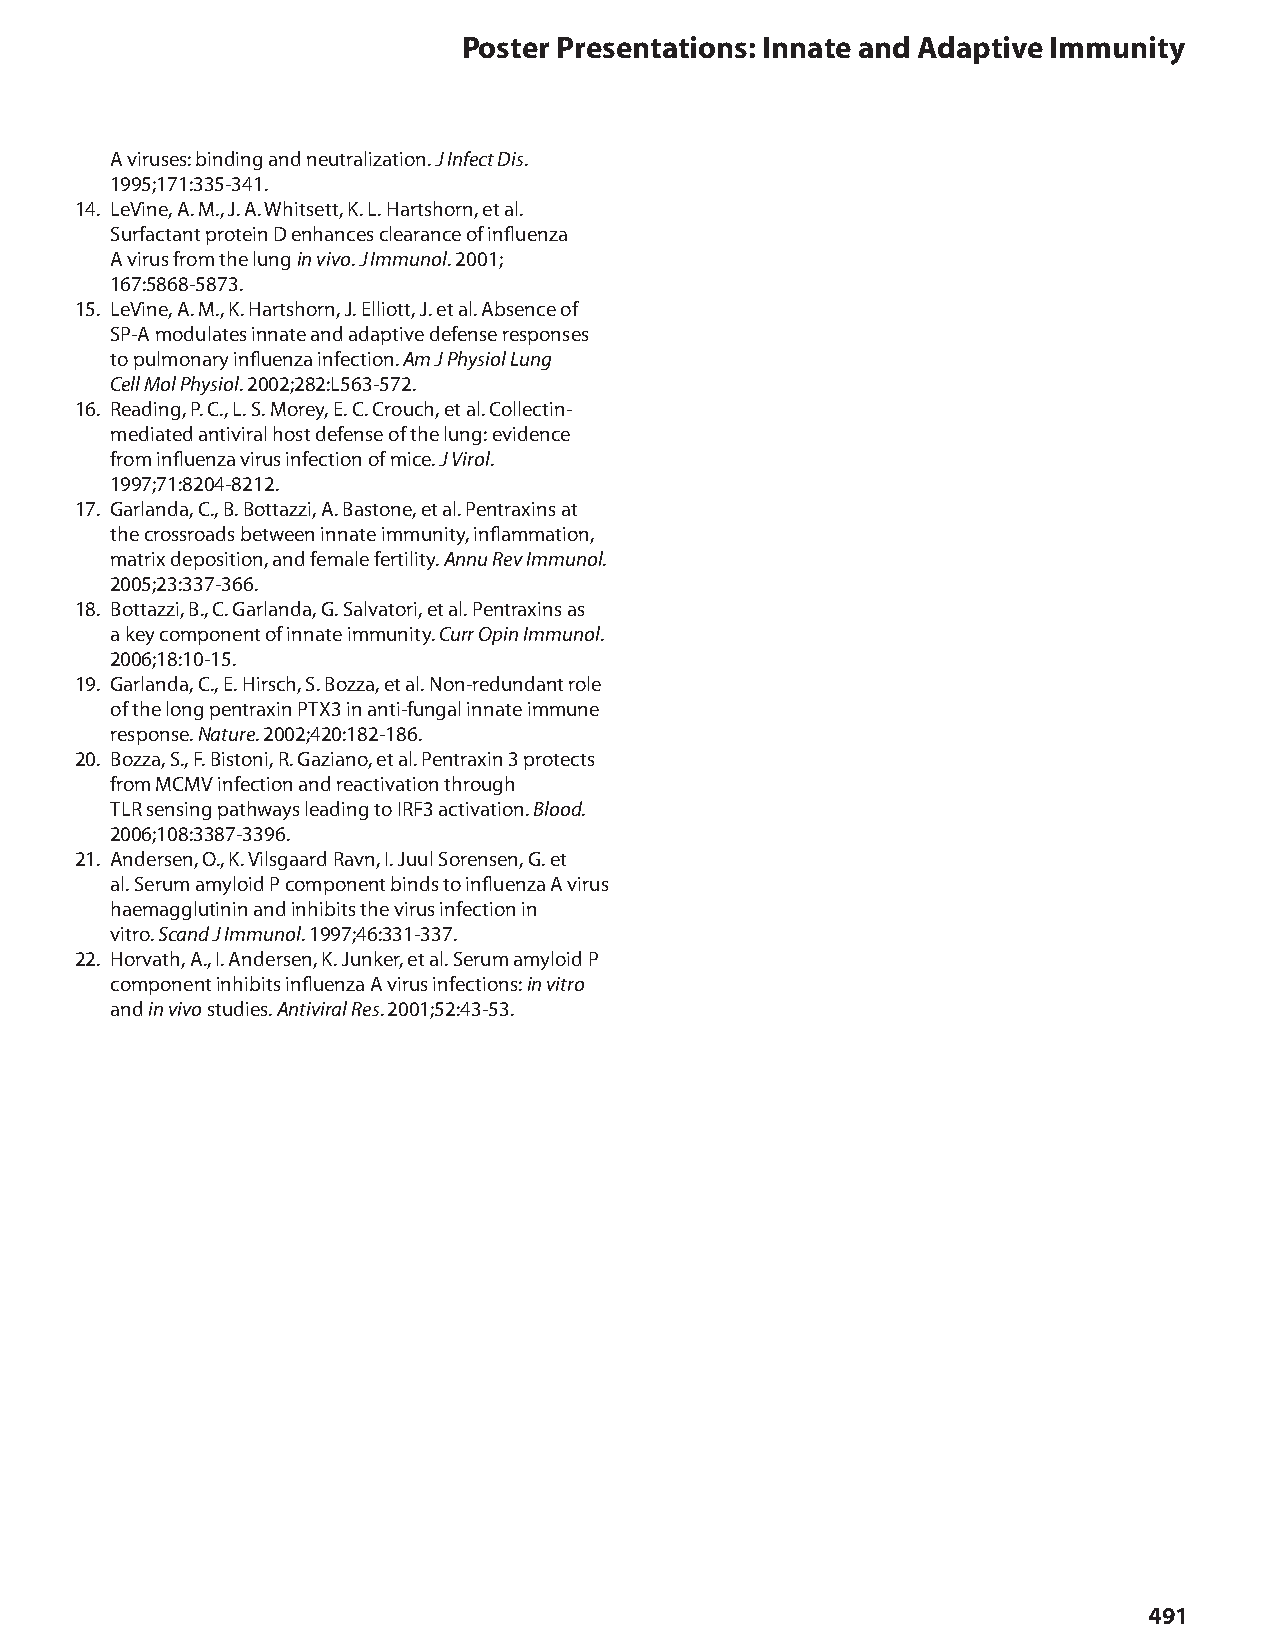
Poster Presentations: Innate and Adaptive Immunity
 A viruses: binding and neutralization. J Infect Dis.
 1995;171:335-341.
 14. LeVine, A. M., J. A. Whitsett, K. L. Hartshorn, et al.
 Surfactant protein D enhances clearance of influenza
 A virus from the lung in vivo. J Immunol. 2001;
 167:5868-5873.
 15. LeVine, A. M., K. Hartshorn, J. Elliott, J. et al. Absence of
 SP-A modulates innate and adaptive defense responses
 to pulmonary influenza infection. Am J Physiol Lung
 Cell Mol Physiol. 2002;282:L563-572.
 16. Reading, P. C., L. S. Morey, E. C. Crouch, et al. Collectin-
 mediated antiviral host defense of the lung: evidence
 from influenza virus infection of mice. J Virol.
 1997;71:8204-8212.
 17. Garlanda, C., B. Bottazzi, A. Bastone, et al. Pentraxins at
 the crossroads between innate immunity, inflammation,
 matrix deposition, and female fertility. Annu Rev Immunol.
 2005;23:337-366.
 18. Bottazzi, B., C. Garlanda, G. Salvatori, et al. Pentraxins as
 a key component of innate immunity. Curr Opin Immunol.
 2006;18:10-15.
 19. Garlanda, C., E. Hirsch, S. Bozza, et al. Non-redundant role
 of the long pentraxin PTX3 in anti-fungal innate immune
 response. Nature. 2002;420:182-186.
 20. Bozza, S., F. Bistoni, R. Gaziano, et al. Pentraxin 3 protects
 from MCMV infection and reactivation through
 TLR sensing pathways leading to IRF3 activation. Blood.
 2006;108:3387-3396.
 21. Andersen, O., K. Vilsgaard Ravn, I. Juul Sorensen, G. et
 al. Serum amyloid P component binds to influenza A virus
 haemagglutinin and inhibits the virus infection in
 vitro. Scand J Immunol. 1997;46:331-337.
 22. Horvath, A., I. Andersen, K. Junker, et al. Serum amyloid P
 component inhibits influenza A virus infections: in vitro
 and in vivo studies. Antiviral Res. 2001;52:43-53.
 491